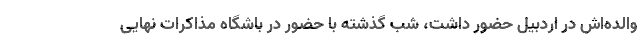
والده‌اش در اردبیل حضور داشت، شب گذشته با حضور در باشگاه مذاکرات نهایی